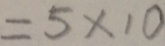
= 5 \times 1 0